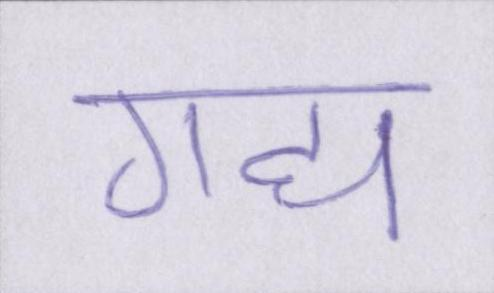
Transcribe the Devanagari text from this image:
गद्य